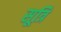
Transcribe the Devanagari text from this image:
सूत्रि